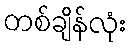
တစ်ချိန်လုံး